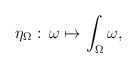
\begin{align*}\eta_\Omega:\, \omega \mapsto \int_\Omega \omega,\end{align*}